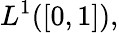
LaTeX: L^{1}([0,1]),